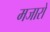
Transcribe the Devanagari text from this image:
मजारो